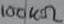
Text: 100KΩ